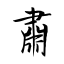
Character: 肅